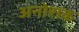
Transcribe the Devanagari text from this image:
अनोराक